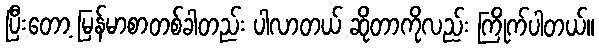
ပြီးတော့ မြန်မာစာတစ်ခါတည်း ပါလာတယ် ဆိုတာကိုလည်း ကြိုက်ပါတယ်။